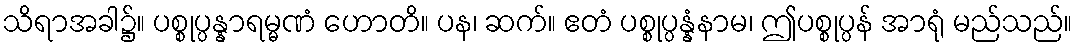
သိရာအခါ၌။ ပစ္စုပ္ပန္နာရမ္မဏံ ဟောတိ။ ပန၊ ဆက်။ ဧတံ ပစ္စုပ္ပန္နံနာမ၊ ဤပစ္စုပ္ပန် အာရုံ မည်သည်။